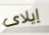
إيلاى